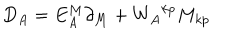
LaTeX: D _ { A } = E _ { A } ^ { M } \partial _ { M } + { W _ { A } } ^ { k p } M _ { k p }